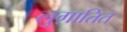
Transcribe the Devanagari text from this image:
लुग़ातित